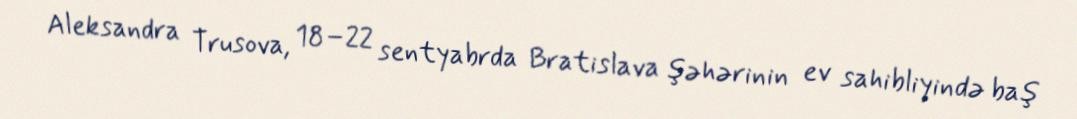
Aleksandra Trusova, 18–22 sentyabrda Bratislava şəhərinin ev sahibliyində baş